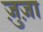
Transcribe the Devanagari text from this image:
ज़ुज़ा